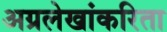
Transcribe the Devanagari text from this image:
अग्रलेखांकरिता